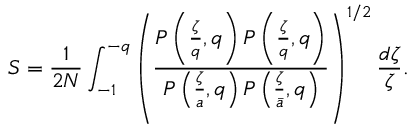
S = \frac { 1 } { 2 N } \int _ { - 1 } ^ { - q } \left( \frac { P \left( \frac { \zeta } { q } , q \right) P \left( \frac { \zeta } { q } , q \right) } { P \left( \frac { \zeta } { a } , q \right) P \left( \frac { \zeta } { \bar { a } } , q \right) } \right) ^ { 1 / 2 } \frac { d \zeta } { \zeta } .